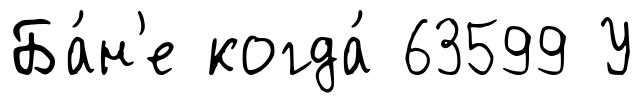
Ба́н'е когда́ 63599 У